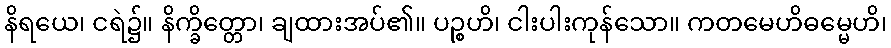
နိရယေ၊ ငရဲ၌။ နိက္ခိတ္တော၊ ချထားအပ်၏။ ပဉ္စဟိ၊ ငါးပါးကုန်သော။ ကတမေဟိဓမ္မေဟိ၊